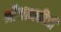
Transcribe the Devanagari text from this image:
श्रीजानकीजी